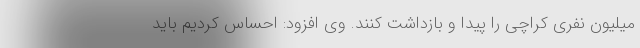
میلیون نفری کراچی را پیدا و بازداشت کنند. وی افزود: احساس کردیم باید